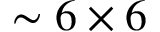
\sim 6 \times 6